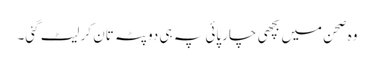
وہ صحن میں بچھی چارپائی پہ ہی دوپٹہ تان کر لیٹ گئی۔